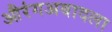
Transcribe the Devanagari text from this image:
औरंगअबादला